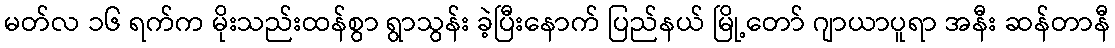
မတ်လ ၁၆ ရက်က မိုးသည်းထန်စွာ ရွာသွန်း ခဲ့ပြီးနောက် ပြည်နယ် မြို့တော် ဂျာယာပူရာ အနီး ဆန်တာနီ